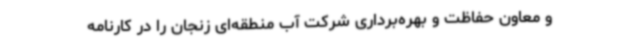
و معاون حفاظت و بهره‌برداری شرکت آب منطقه‌ای زنجان را در کارنامه